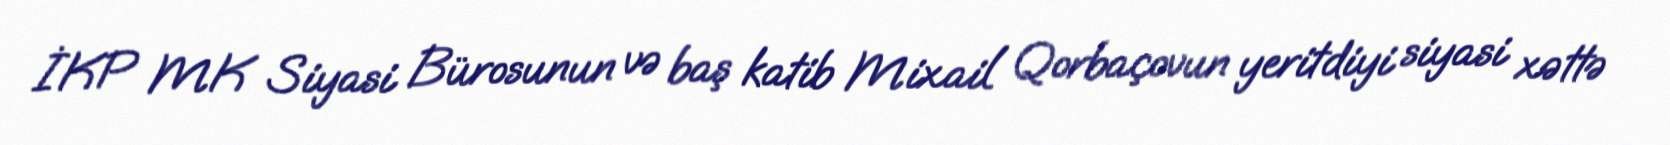
İKP MK Siyasi Bürosunun və baş katib Mixail Qorbaçovun yeritdiyi siyasi xəttə